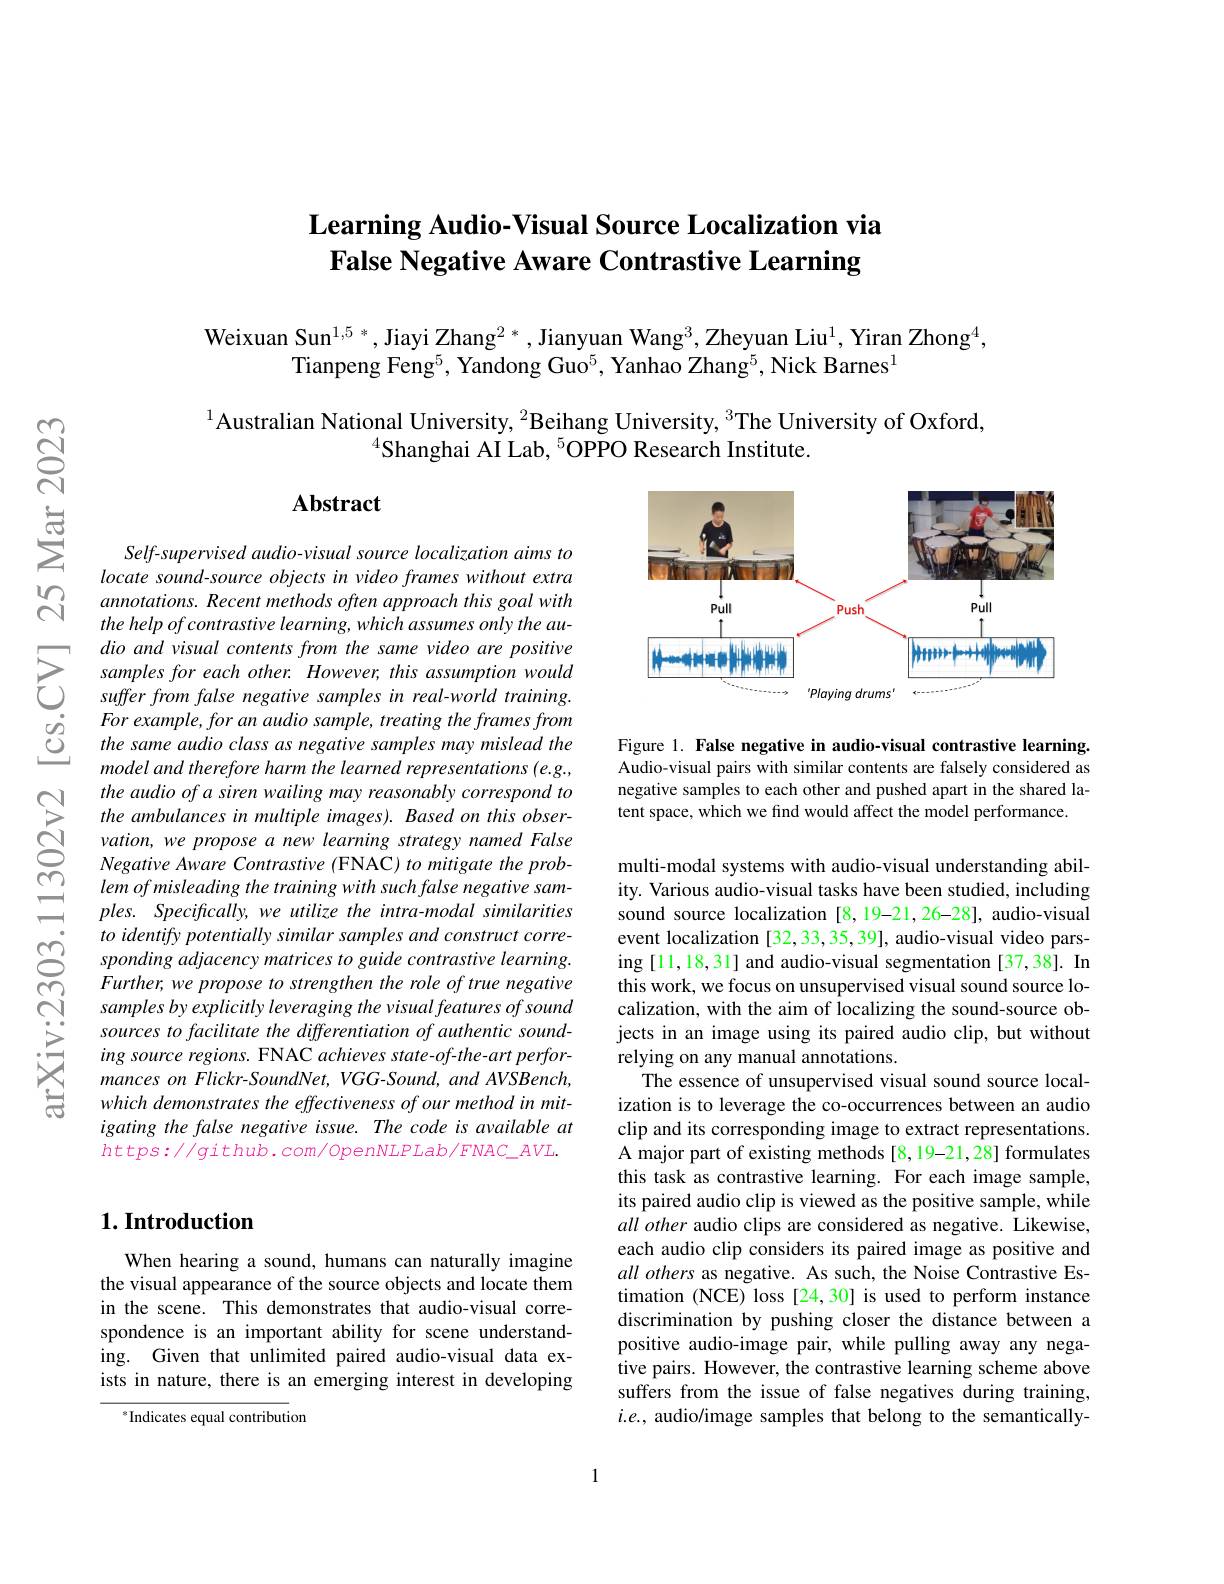
## Learning Audio-Visual Source Localization via False Negative Aware Contrastive Learning

Weixuan Sun$^1,5^*$,Jiayi Zhang$^2*$,Jianyuan Wang$^3$,Zheyuan Liu$^1$,Yiran Zhong$^4$,
Tianpeng Feng$^5$, Yandong Guo$^5$, Yanhao Zhang$^5$,Nick Barnes$^1$

$^{1}$Australian National University, $^2$Beihang University, $^3$The University of Oxford,
$^{4}$Shanghai AI Lab, $^{5}$OPPO Research Institute.

### $\mathbf{Abstract}$

<FigureHere>

Figure 1. False negative in audio-visual contrastive learning. Audio-visual pairs with similar contents are falsely considered as negative samples to each other and pushed apart in the shared latent space, which we find would affect the model performance.

Self-supervised audio-visual source localization aims to locate sound-source objects in video frames without extra annotations. Recent methods often approach this goal with the help of contrastive learning, which assumes only the au-
$\sum_{\begin{array}{cc}&dio\:and\:visual\:contents\:from\:the\:same\:video\:are\:positive\\&samples\:for\:each\:other.\:However,\:this\:assumption\:would\\&suffer\:from\:false\:negative\:samples\:in\:real-world\:training.\end{array}}$
model and therefore harm the learned representations (e.g., the audio of a siren wailing may reasonably correspond to the ambulances in multiple images). Based on this observation, we propose a new learning strategy named False Negative Aware Contrastive (FNAC) to mitigate the problem of misleading the training with such false negative samples. Specifically, we utilize the intra-modal similarities to identify potentially similar samples and construct corresponding adjacency matrices to guide contrastive learning. Further, we propose to strengthen the role of true negative samples by explicitly leveraging the visual features of sound sources to facilitate the differentiation of authentic sounding source regions. FNAC achieves state-of-the-art performances on Flickr-SoundNet, VGG-Sound, and AVSBench, which demonstrates the effectiveness of our method in mitigating the false negative issue. The code is available at $https://github.com/OpenNLPLab/FNAC\_AVL.$

multi-modal systems with audio-visual understanding ability. Various audio-visual tasks have been studied, including sound source localization [8,19-21,26-28], audio-visual event localization [32,33,35,39], audio-visual video parsing [11,18,31] and audio-visual segmentation [37,38]. In this work, we focus on unsupervised visual sound source localization, with the aim of localizing the sound-source objects in an image using its paired audio clip, but without relying on any manual annotations
The essence of unsupervised visual sound source localization is to leverage the co-occurrences between an audio clip and its corresponding image to extract representations. A major part of existing methods [8,19-21,28] formulates this task as contrastive learning. For each image sample, its paired audio clip is viewed as the positive sample, while all other audio clips are considered as negative. Likewise, each audio clip considers its paired image as positive and all others as negative. As such, the Noise Contrastive Estimation (NCE) loss [24,30] is used to perform instance discrimination by pushing closer the distance between a positive audio-image pair, while pulling away any negative pairs. However, the contrastive learning scheme above suffers from the issue of false negatives during training, $i.e.$, audio/image samples that belong to the semantically-

## $1. \textbf{Introduction}$

When hearing a sound, humans can naturally imagine the visual appearance of the source objects and locate them in the scene. This demonstrates that audio-visual correspondence is an important ability for scene understanding. Given that unlimited paired audio-visual data exists in nature, there is an emerging interest in developing

$^{*}$Indicates equal contribution

1